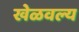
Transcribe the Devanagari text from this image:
खेळवल्य